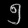
Digit: ၅